Martna_vallavalitsus, lk 2
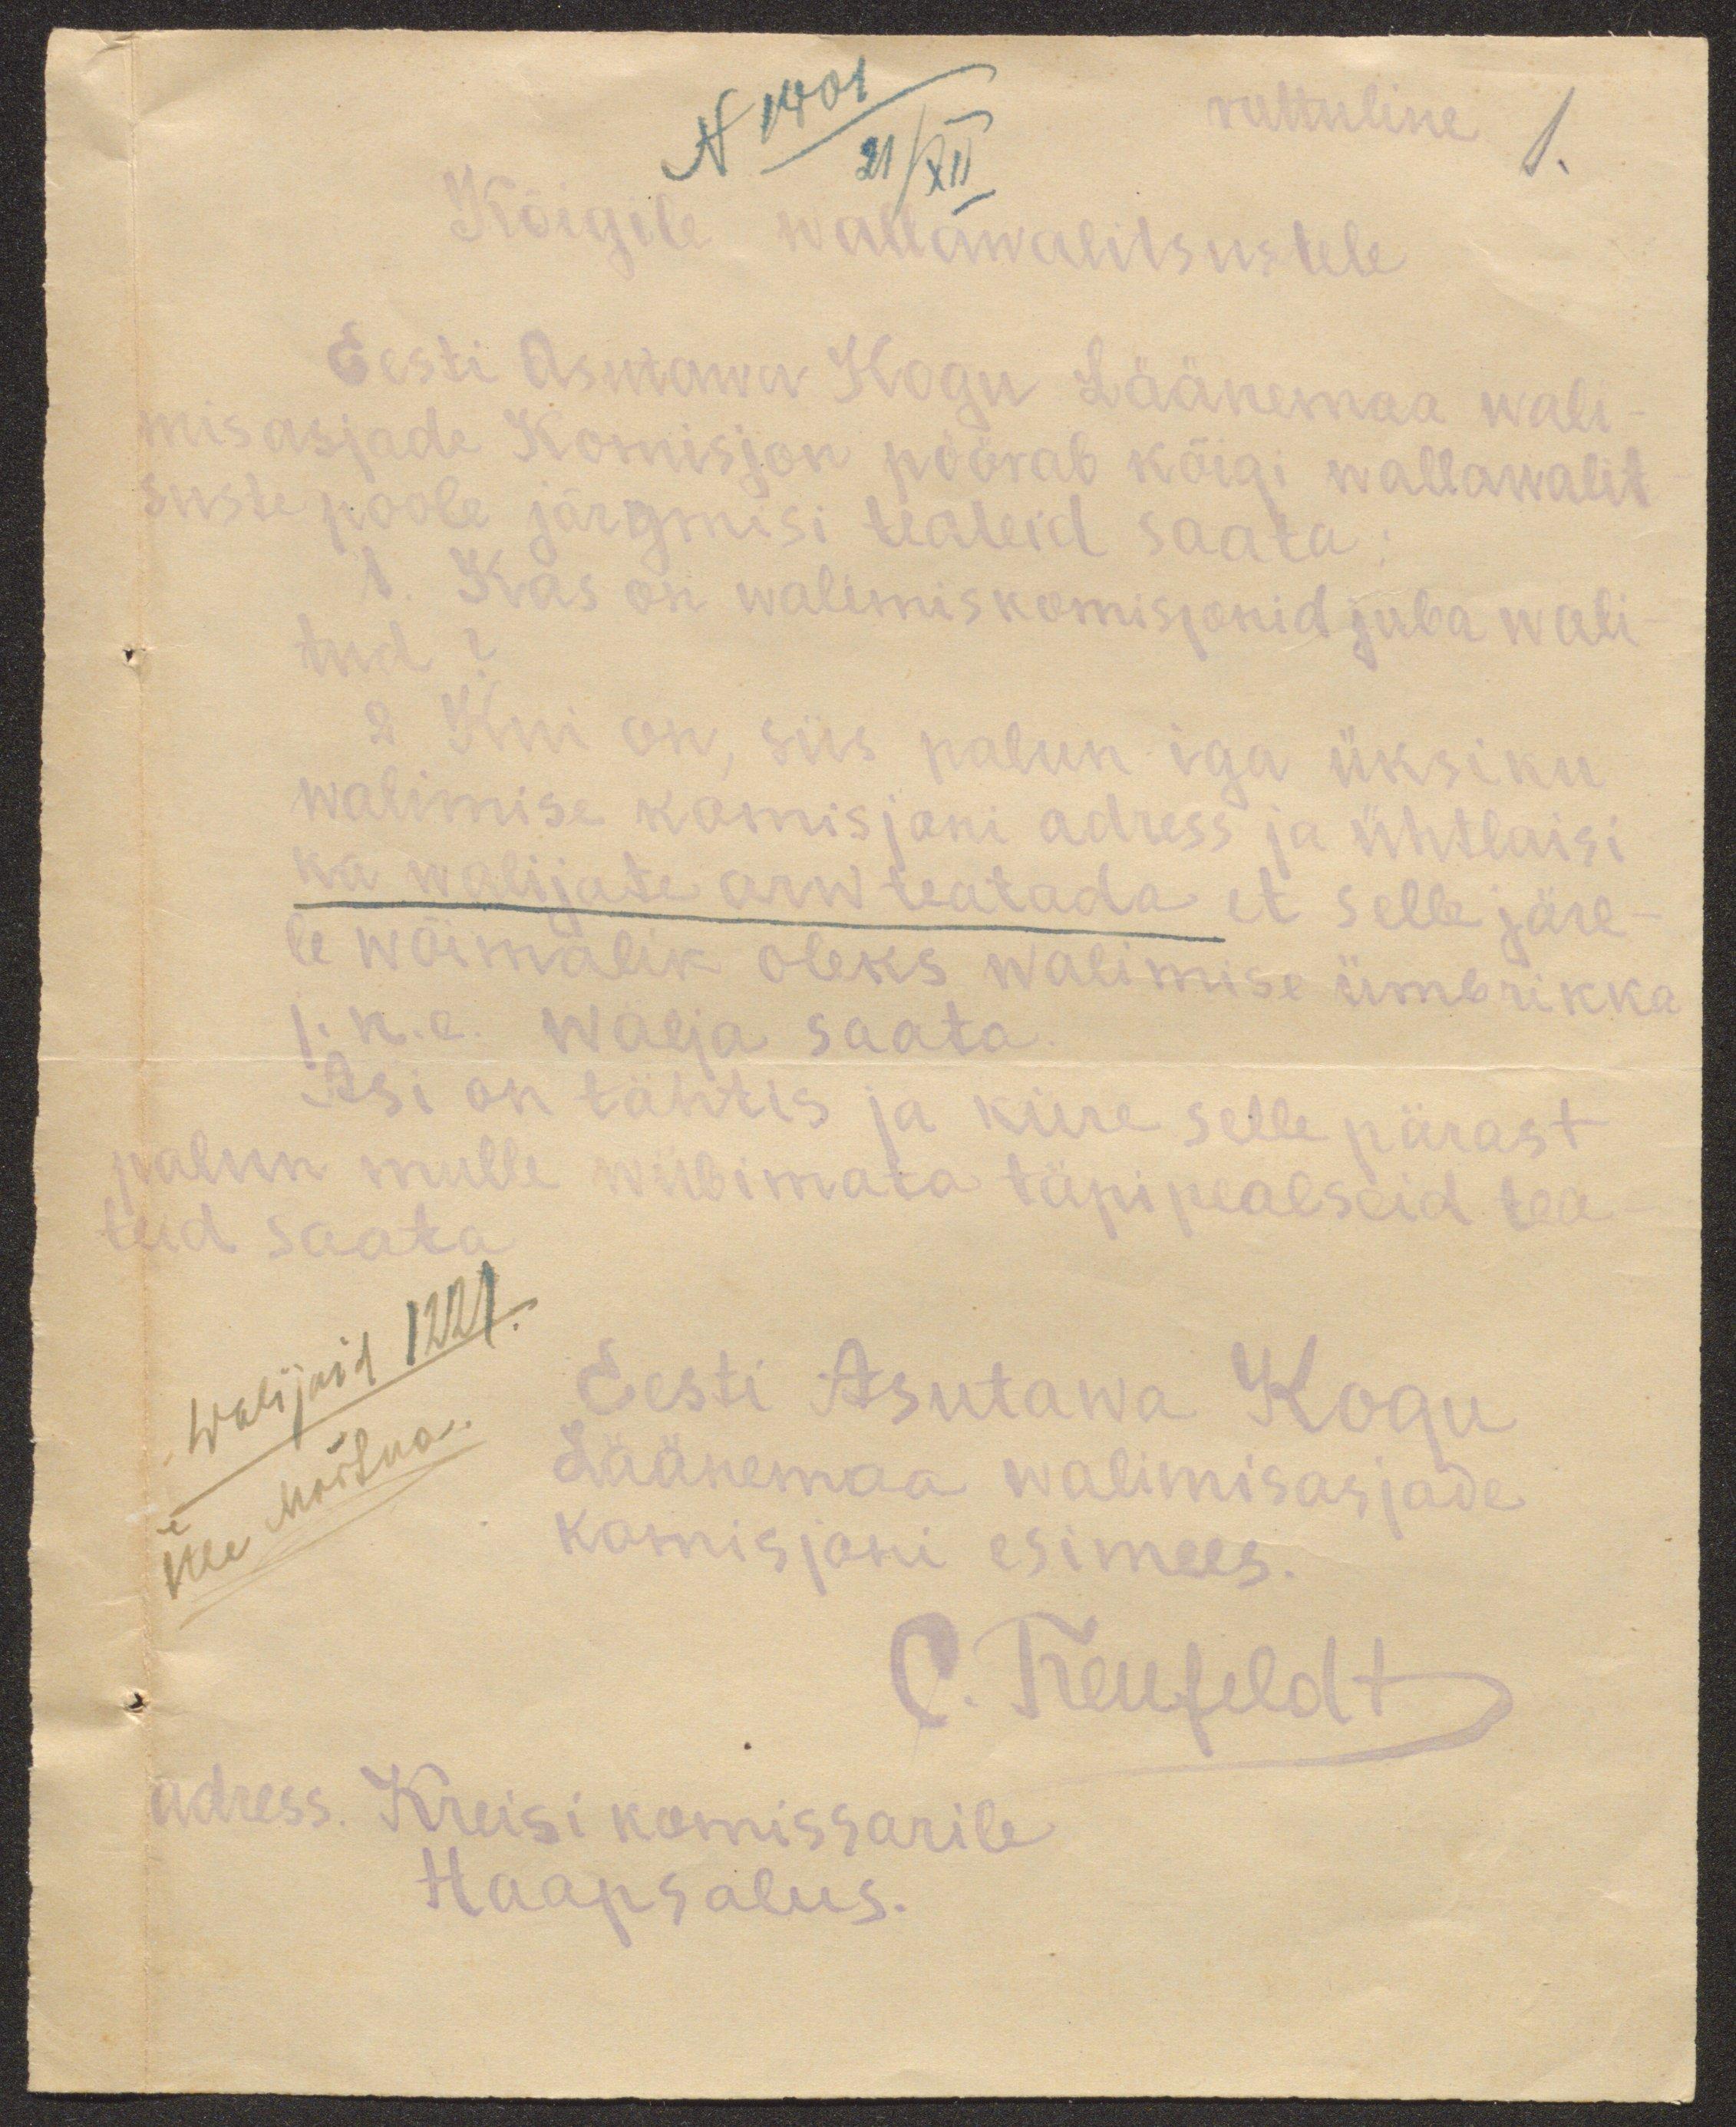
N 1401
21/XII
ruttuline
1.
Kõigile wallawalitsustele
Eesti Asutawa Kogu Läänemaa wali-
misasjade Komisjon pöörab kõigi wallawalit
suste poole järgmisi teateid saata
1. Kas on walimiskomisjonid juba wali-
tud ?
2 Kui on, siis palun iga üksiku
walimise komisjoni adress ja ühtlaisi
ka walijate arv teatada et selle järe-
le wõimalik oleks walimise ümbrikka
j. n. e. wälja saata
Asi on tähtis ja kiire selle pärast
palun mulle wiibimata täpipealseid tea
teid saata.
Eesti Asutawa Kogu
Walijaid 1221.
Läänemaa walimisasjade
Üle Martna.
komisjoni esimees.
C. Treufeldt
Adress. Kreisi komissarile
Haapsalus.